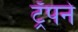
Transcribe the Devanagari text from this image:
ट्रॅपने